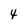
Character: 4